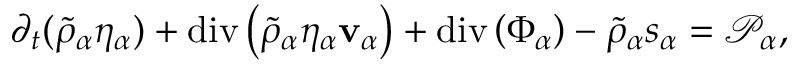
\begin{array} { r } { \partial _ { t } ( \tilde { \rho } _ { \alpha } \eta _ { \alpha } ) + \mathrm { d i v } \left( \tilde { \rho } _ { \alpha } \eta _ { \alpha } \mathbf { v } _ { \alpha } \right) + \mathrm { d i v } \left( \boldsymbol { \Phi } _ { \alpha } \right) - \tilde { \rho } _ { \alpha } s _ { \alpha } = \mathscr { P } _ { \alpha } , } \end{array}